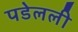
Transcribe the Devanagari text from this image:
पडेलली